Report on horse surra - Volume I
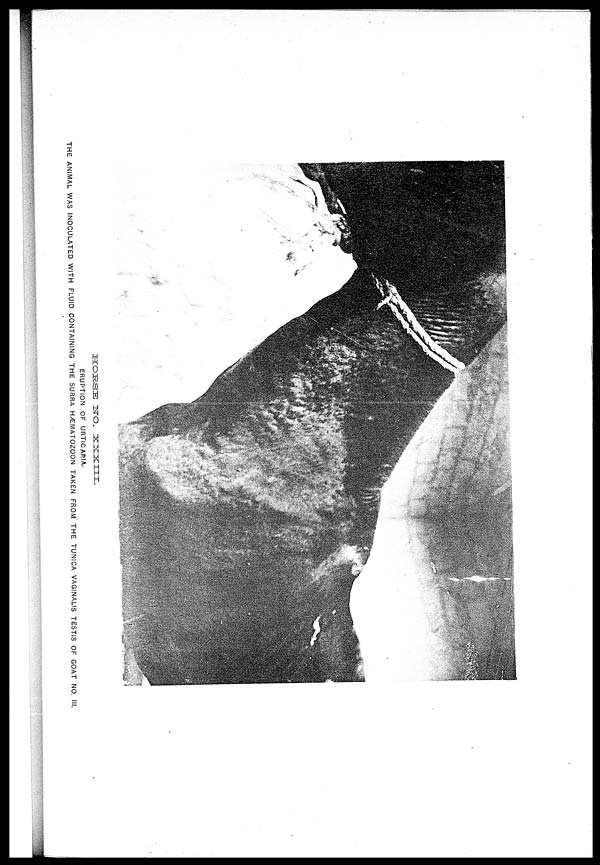
HORSE
NO.
XXXIII.
ERUPTION OF URTICARIA.
THE ANIMAL WAS INOCULATED WITH FLUID CONTAINING THE SURRA HÆMATOZOON TAKEN FROM THE TUNICA VAGINALIS TESTIS OF GOAT NO. III.